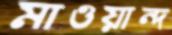
মাওয়ান্দ